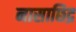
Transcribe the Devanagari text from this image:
नासाछिद्र